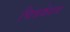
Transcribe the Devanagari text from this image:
चिन्नकेशव